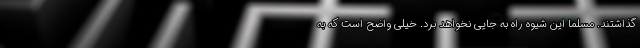
گذاشتند. مسلما این شیوه راه به جایی نخواهد برد. خیلی واضح است که به